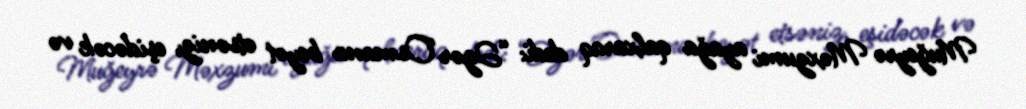
Muğeyrə Məxzumi ayağa qalxaraq dedi: “Əgər Osmana beyət etsəniz, eşidəcək və